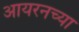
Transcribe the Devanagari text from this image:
आयरनच्या